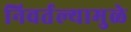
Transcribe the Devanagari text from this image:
निवर्तल्यामुळे